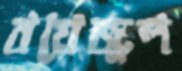
বয়েজুল